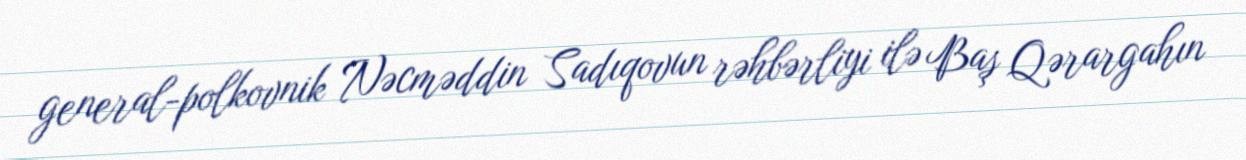
general-polkovnik Nəcməddin Sadıqovun rəhbərliyi ilə Baş Qərargahın